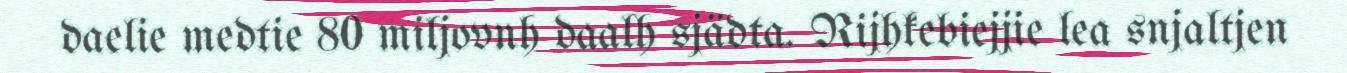
daelie medtie 80 miljovnh daalh sjädta. Rijhkebiejjie lea snjaltjen